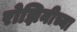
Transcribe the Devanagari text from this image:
रोझिनीच्या